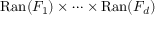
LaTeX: \operatorname { R a n } ( F _ { 1 } ) \times \cdots \times \operatorname { R a n } ( F _ { d } )